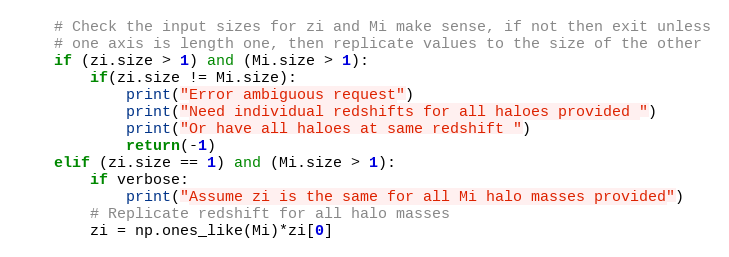
Language: Python
    # Check the input sizes for zi and Mi make sense, if not then exit unless
    # one axis is length one, then replicate values to the size of the other
    if (zi.size > 1) and (Mi.size > 1):
        if(zi.size != Mi.size):
            print("Error ambiguous request")
            print("Need individual redshifts for all haloes provided ")
            print("Or have all haloes at same redshift ")
            return(-1)
    elif (zi.size == 1) and (Mi.size > 1):
        if verbose:
            print("Assume zi is the same for all Mi halo masses provided")
        # Replicate redshift for all halo masses
        zi = np.ones_like(Mi)*zi[0]